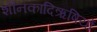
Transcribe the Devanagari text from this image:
शौनकादिऋषियों